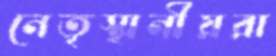
নেতৃস্থানীয়রা